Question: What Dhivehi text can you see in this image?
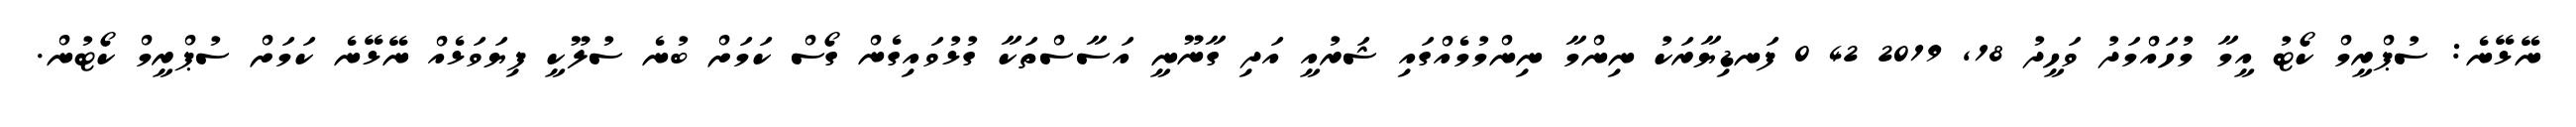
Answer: ނޭޅޭނެ: ސުޕްރީމް ކޯޓު އީމާ މުހައްމަދު ވަހީދު 18, 2019 42 0 ފަނޑިޔާރަކު ނިންމާ ނިންމުމެއްގައި ޝަރުއީ އަދި ގާނޫނީ އަސާސްތަކާ ގުޅުވައިގެން ގޯސް ކަމަށް ބުނެ ސުލޫކީ ފިޔަވަޅެއް ނޭޅޭނެ ކަމަށް ސުޕްރީމް ކޯޓުން.